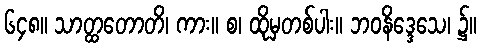
၆၄၈။ သာတ္ထတောတိ၊ ကား။ စ၊ ထိုမှတစ်ပါး။ ဘဝနိဒ္ဒေသေ၊ ၌။